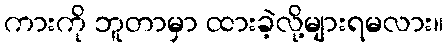
ကားကို ဘူတာမှာ ထားခဲ့လို့များရမလား။